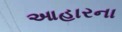
આહારના